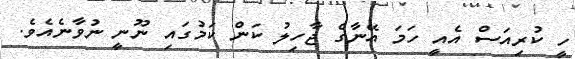
ހީ ކުރިއަސް އެއީ ހަމަ އޭނާގެ ޖާހިލު ކަން ކަމުގައި ނޫނީ ނުވާނެއެވެ.